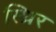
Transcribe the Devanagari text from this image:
स्थ्रिर